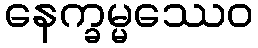
နေက္ခမ္မဿေဝ